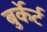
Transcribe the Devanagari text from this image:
बुर्केर्ट